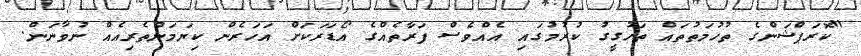
"ކޮރަޕްޝަންގެ ތުހުމަތުތައް ތަހުގީގު ކުރުމުގައި އެއްވެސް ފަރާތެއްގެ އޯޑަރަކަށް އަހަރެން ކިޔަމަންތެރިއެއް ނުވާނަން.